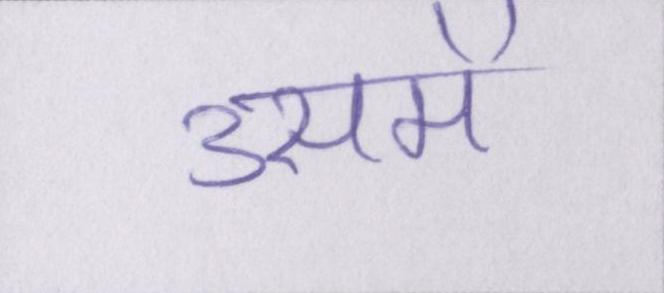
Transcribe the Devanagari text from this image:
उसमें